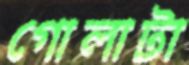
গোলাটা